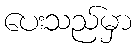
ပေးသည်မှာ